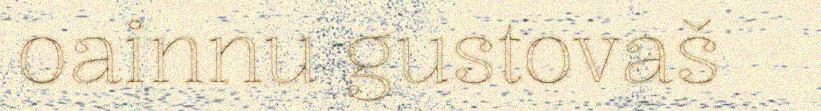
oainnu gustovaš